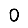
Digit: 0